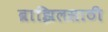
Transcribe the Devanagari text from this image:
ब्राझिलसाठी